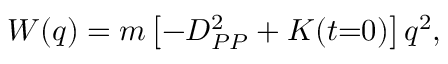
W ( q ) = m \left[ - D _ { P P } ^ { 2 } + K ( t { = } 0 ) \right] q ^ { 2 } ,